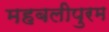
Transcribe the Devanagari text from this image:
महबलीपुरम